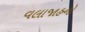
વલાજાહનો